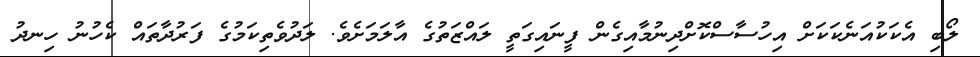
ލޯބި އެކަކުއަނެކަކަށް އިހުސާސްކޮށްދިނުމާއިގެން ފީނައިގަތީ ލައްޒަތުގެ އާލަމަށެވެ. ލަދުވެތިކަމުގެ ފަރުދާތައް ކެހުނު ހިނދު